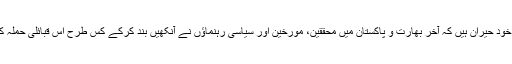
آسٹریلین مصنف کے مطابق وہ خود حیران ہیں کہ آخر بھارت و پاکستان میں محققین، مورخین اور سیاسی رہنماؤں نے آنکھیں بند کرکے کس طرح اس قبائلی حملہ کی تھیوری کو تسلیم کیا ہوا ہے؟